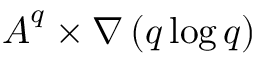
\boldsymbol { A } ^ { q } \times \nabla \left( { q \log q } \right)